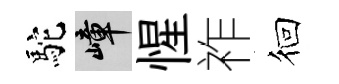
駝嶂惺祚徊